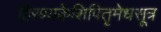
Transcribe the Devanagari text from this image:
हिरण्यकेशिपितृमेधसूत्र